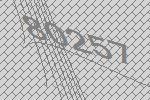
80257